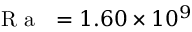
\mathrm { ~ \textit ~ { ~ R ~ a ~ } ~ } = 1 . 6 0 \times 1 0 ^ { 9 }